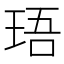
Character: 珸